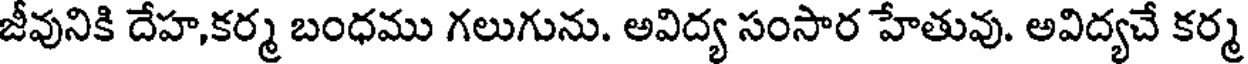
జీవునికి దేహ,కర్మ బంధము గలుగును. అవిద్య సంసార హేతువు. అవిద్యచే కర్మ